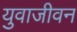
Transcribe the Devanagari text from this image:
युवाजीवन